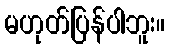
မဟုတ်ပြန်ပါဘူး။